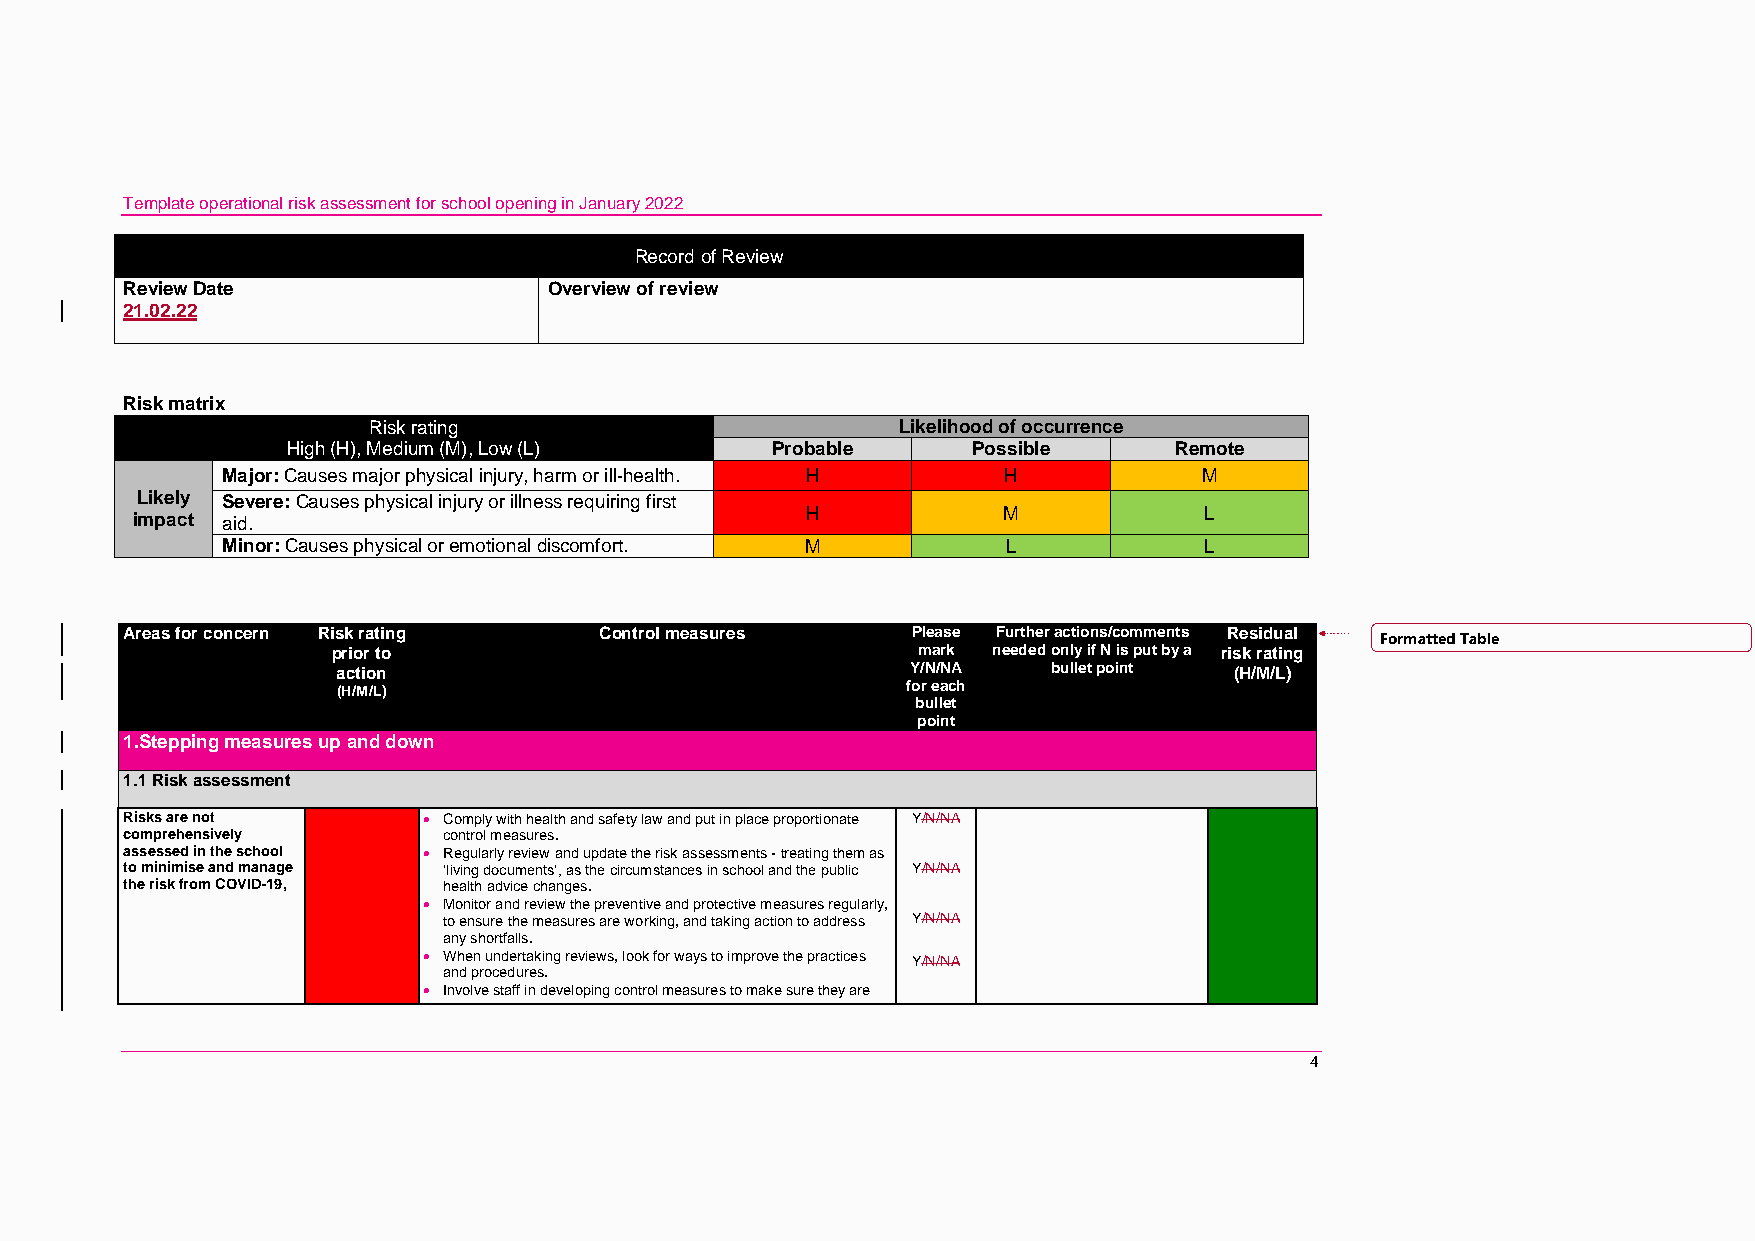
Template operational risk assessment for school opening in January 2022
 Record of Review
 Review Date                 Overview of review
 21.02.22
 Risk matrix
 Risk rating                        Likelihood of occurrence
 High (H), Medium (M), Low (L)   Probable     Possible      Remote
 Major: Causes major physical injury, harm or ill-health. H H     M
 Likely Severe: Causes physical injury or illness requiring first
 H            M             L
 impact aid.
 Minor: Causes physical or emotional discomfort. M   L            L
 Areas for concern Risk rating   Control measures    Please Further actions/comments Residual Formatted Table
 prior to                               mark needed only if N is put by a risk rating
 action                                Y/N/NA    bullet point (H/M/L)
 (H/M/L)                               for each
 bullet
 point
 1.Stepping measures up and down
 1.1 Risk assessment
 Risks are not        Comply with health and safety law and put in place proportionate Y/N/NA
 comprehensively      control measures.
 assessed in the school  Regularly review and update the risk assessments - treating them as
 to minimise and manage ‘living documents’, as the circumstances in school and the public Y/N/NA
 the risk from COVID-19, health advice changes.
  Monitor and review the preventive and protective measures regularly,
 to ensure the measures are working, and taking action to address Y/N/NA
 any shortfalls.
  When undertaking reviews, look for ways to improve the practices Y/N/NA
 and procedures.
  Involve staff in developing control measures to make sure they are
 4